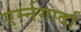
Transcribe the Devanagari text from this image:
एर्म्नगार्दा